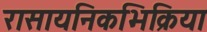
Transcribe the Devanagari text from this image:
रासायनिकभिक्रिया